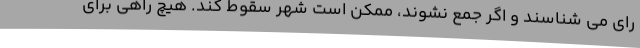
رای می شناسند و اگر جمع نشوند، ممکن است شهر سقوط کند. هیچ راهی برای